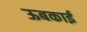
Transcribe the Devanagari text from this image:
ऊबकाई